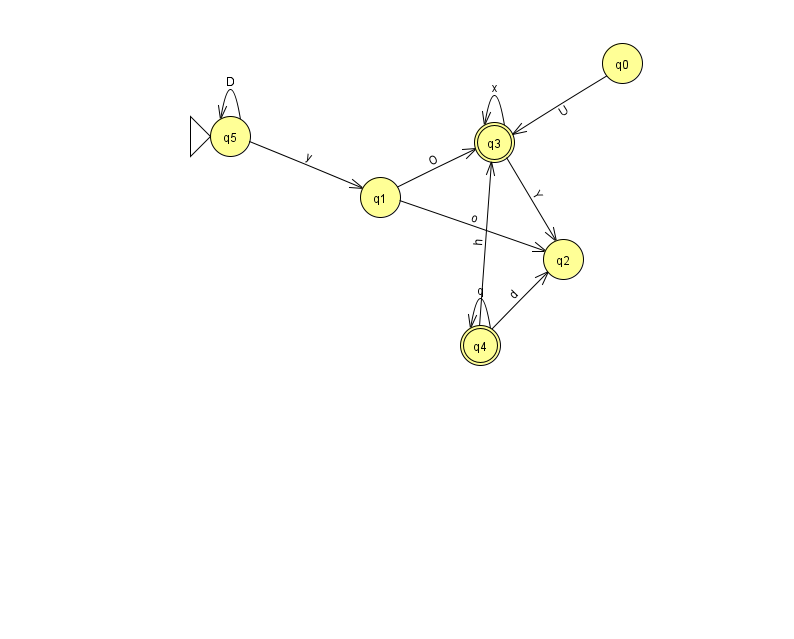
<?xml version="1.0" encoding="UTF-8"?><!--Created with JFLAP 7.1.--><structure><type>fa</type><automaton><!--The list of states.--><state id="0" name="q0"><x>622.0</x><y>50.0</y></state><state id="1" name="q1"><x>380.0</x><y>184.0</y></state><state id="2" name="q2"><x>563.0</x><y>246.0</y></state><state id="3" name="q3"><x>494.0</x><y>129.0</y><final/></state><state id="4" name="q4"><x>480.0</x><y>332.0</y><final/></state><state id="5" name="q5"><x>230.0</x><y>123.0</y><initial/></state><!--The list of transitions.--><transition><from>3</from><to>2</to><read>Y</read></transition><transition><from>4</from><to>4</to><read>q</read></transition><transition><from>0</from><to>3</to><read>U</read></transition><transition><from>5</from><to>5</to><read>D</read></transition><transition><from>1</from><to>3</to><read>O</read></transition><transition><from>3</from><to>3</to><read>x</read></transition><transition><from>4</from><to>3</to><read>h</read></transition><transition><from>4</from><to>2</to><read>d</read></transition><transition><from>5</from><to>1</to><read>y</read></transition><transition><from>1</from><to>2</to><read>o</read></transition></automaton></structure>